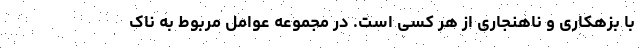
با بزهکاری و ناهنجاری از هر کسی است. در مجموعه عوامل مربوط به ناک